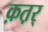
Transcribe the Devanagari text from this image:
क़त़र्